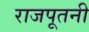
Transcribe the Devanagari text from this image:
राजपूतनी